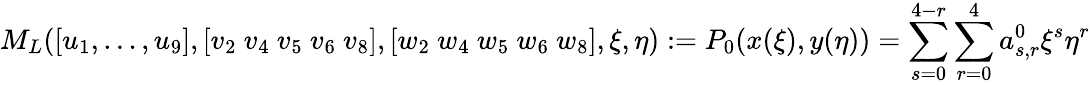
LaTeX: M_{L}([u_{1},\dots,u_{9}],[v_{2}~v_{4}~v_{5}~v_{6}~v_{8}],[w_{2}~w_{4}~w_{5}~w_{6}~w_{8}],\xi,\eta):=P_{0}(x(\xi),y(\eta))=\sum_{s=0}^{4-r}\sum_{r=0}^{4}a_{s,r}^{0}\xi^{s}\eta^{r}